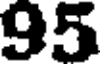
95